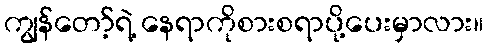
ကျွန်တော့်ရဲ့ နေရာကိုစားစရာပို့ပေးမှာလား။